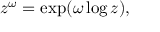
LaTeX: z ^ { \omega } = \exp ( \omega \log z ) ,